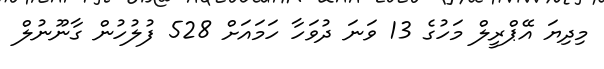
މިދިޔަ އޭޕްރީލް މަހުގެ 13 ވަނަ ދުވަހާ ހަމައަށް 528 ފުލުހުން ގާނޫނުލް